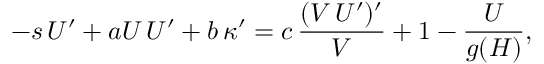
- s \, U ^ { \prime } + a U \, U ^ { \prime } + b \, \kappa ^ { \prime } = c \, \frac { ( V \, U ^ { \prime } ) ^ { \prime } } { V } + 1 - \frac { U } { g ( H ) } ,